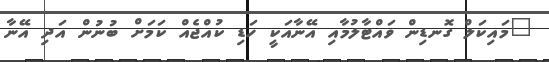
"މައިކަލް ގޮނޑިން ވައްޓާލުމާއި އޭނާއަކީ ހަޑި ކުއްޖެއް ކަމަށް ބުނުން އަދި އޭނާ